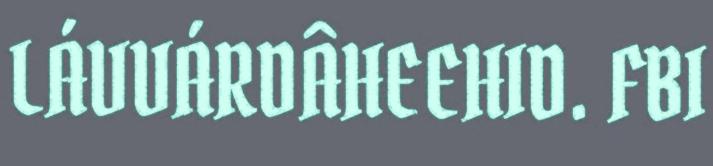
LÁVVÁRDÂHEEHID. FBI